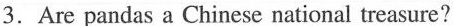
3.Are pandas a Chinese national treasure?